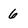
Character: 6